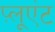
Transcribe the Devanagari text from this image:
प़्लूएंट